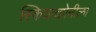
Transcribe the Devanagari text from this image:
स्कियाव्होनीला